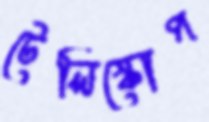
টেলিস্কোপ